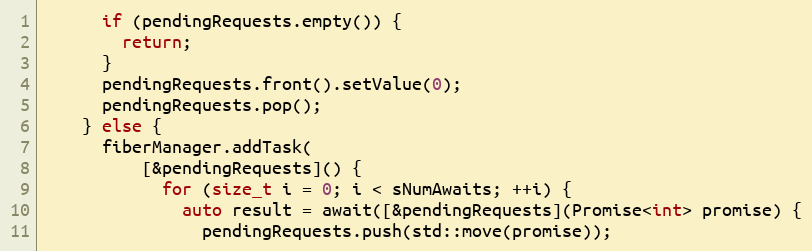
Language: C++
      if (pendingRequests.empty()) {
        return;
      }
      pendingRequests.front().setValue(0);
      pendingRequests.pop();
    } else {
      fiberManager.addTask(
          [&pendingRequests]() {
            for (size_t i = 0; i < sNumAwaits; ++i) {
              auto result = await([&pendingRequests](Promise<int> promise) {
                pendingRequests.push(std::move(promise));